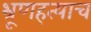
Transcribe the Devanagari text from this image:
भ्रूणहत्याच